Indian journal of veterinary science and animal husbandry - Volume 7,
Year: 1937
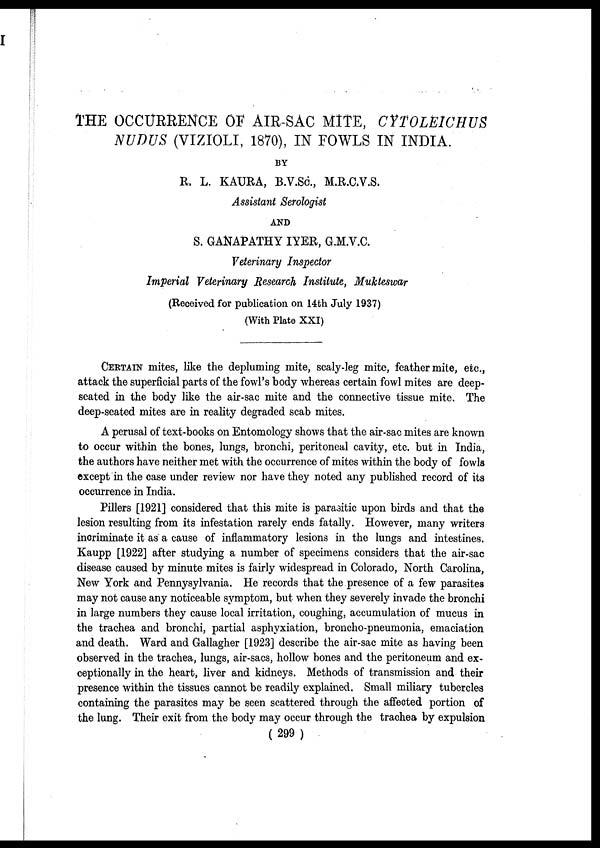
THE OCCURRENCE OF AIR-SAC MITE, CYTOLEICHUS
NUDUS (VIZIOLI, 1870), IN FOWLS IN INDIA.
BY
R. L. KAURA, B.V.Sc., M.R.C.V.S.
Assistant Serologist
AND
S. GANAPATHY IYER, G.M.V.C.
Veterinary Inspector
Imperial Veterinary Research Institute, Mukteswar
(Received for publication on 14th July 1937)
(With Plate XXI)
CERTAIN mites, like the depluming mite, scaly-leg mite, feather mite, etc.,
attack the superficial parts of the fowl's body whereas certain fowl mites are deep-
seated in the body like the air-sac mite and the connective tissue mite. The
deep-seated mites are in reality degraded scab mites.
A perusal of text-books on Entomology shows that the air-sac mites are known
to occur within the bones, lungs, bronchi, peritoneal cavity, etc. but in India,
the authors have neither met with the occurrence of mites within the body of fowls
except in the case under review nor have they noted any published record of its
occurrence in India.
Pillers [1921] considered that this mite is parasitic upon birds and that the
lesion resulting from its infestation rarely ends fatally. However, many writers
incriminate it as a cause of inflammatory lesions in the lungs and intestines.
Kaupp [1922] after studying a number of specimens considers that the air-sac
disease caused by minute mites is fairly widespread in Colorado, North Carolina,
New York and Pennysylvania. He records that the presence of a few parasites
may not cause any noticeable symptom, but when they severely invade the bronchi
in large numbers they cause local irritation, coughing, accumulation of mucus in
the trachea and bronchi, partial asphyxiation, broncho-pneumonia, emaciation
and death. Ward and Gallagher [1923] describe the air-sac mite as having been
observed in the trachea, lungs, air-sacs, hollow bones and the peritoneum and ex-
ceptionally in the heart, liver and kidneys. Methods of transmission and their
presence within the tissues cannot be readily explained. Small miliary tubercles
containing the parasites may be seen scattered through the affected portion of
the lung. Their exit from the body may occur through the trachea by expulsion
( 299 )